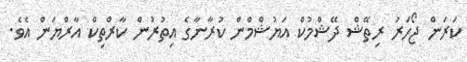
ކަރަން ޖޯހަރު ރިތޭޝް ދޭޝްމުކް އަޔުޝްމްން ކުރާނާގެ އިތުރުން ކާރްތިކް އާރްޔަން އެވެ.